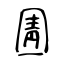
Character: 圊